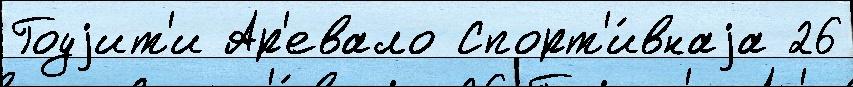
Гоуjит'и Ар'евало Спорт'и́внаjа 26